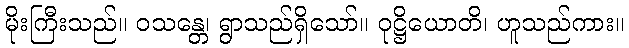
မိုးကြီးသည်။ ဝသန္တေ၊ ရွာသည်ရှိသော်။ ဝုဋ္ဌိယောတိ၊ ဟူသည်ကား။